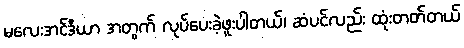
မလေးအင်ဒီယာ အတွက် လုပ်ပေးခဲ့ဖူးပါတယ်၊ ဆံပင်လည်း ထုံးတတ်တယ်